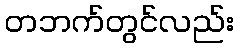
တဘက်တွင်လည်း